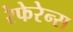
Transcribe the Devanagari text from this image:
रेफेरेन्स